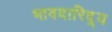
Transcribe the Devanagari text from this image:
भावदारिद्र्य